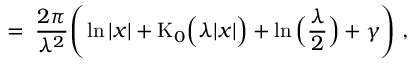
= \; \frac { 2 \pi } { \lambda ^ { 2 } } \Bigg ( \ln | x | + \mathrm { K } _ { 0 } \Big ( \lambda | x | \Big ) + \ln \Big ( \frac { \lambda } { 2 } \Big ) + \gamma \Bigg ) \; ,